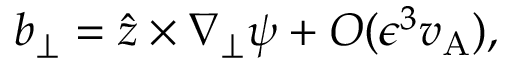
\boldsymbol { b } _ { \perp } = \hat { \boldsymbol { z } } \times \nabla _ { \perp } \psi + O ( \epsilon ^ { 3 } v _ { \mathrm { A } } ) ,